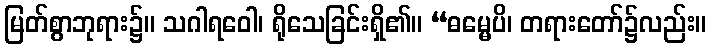
မြတ်စွာဘုရား၌။ သဂါရဝေါ၊ ရိုသေခြင်းရှိ၏။ “ဓမ္မေပိ၊ တရားတော်၌လည်း။